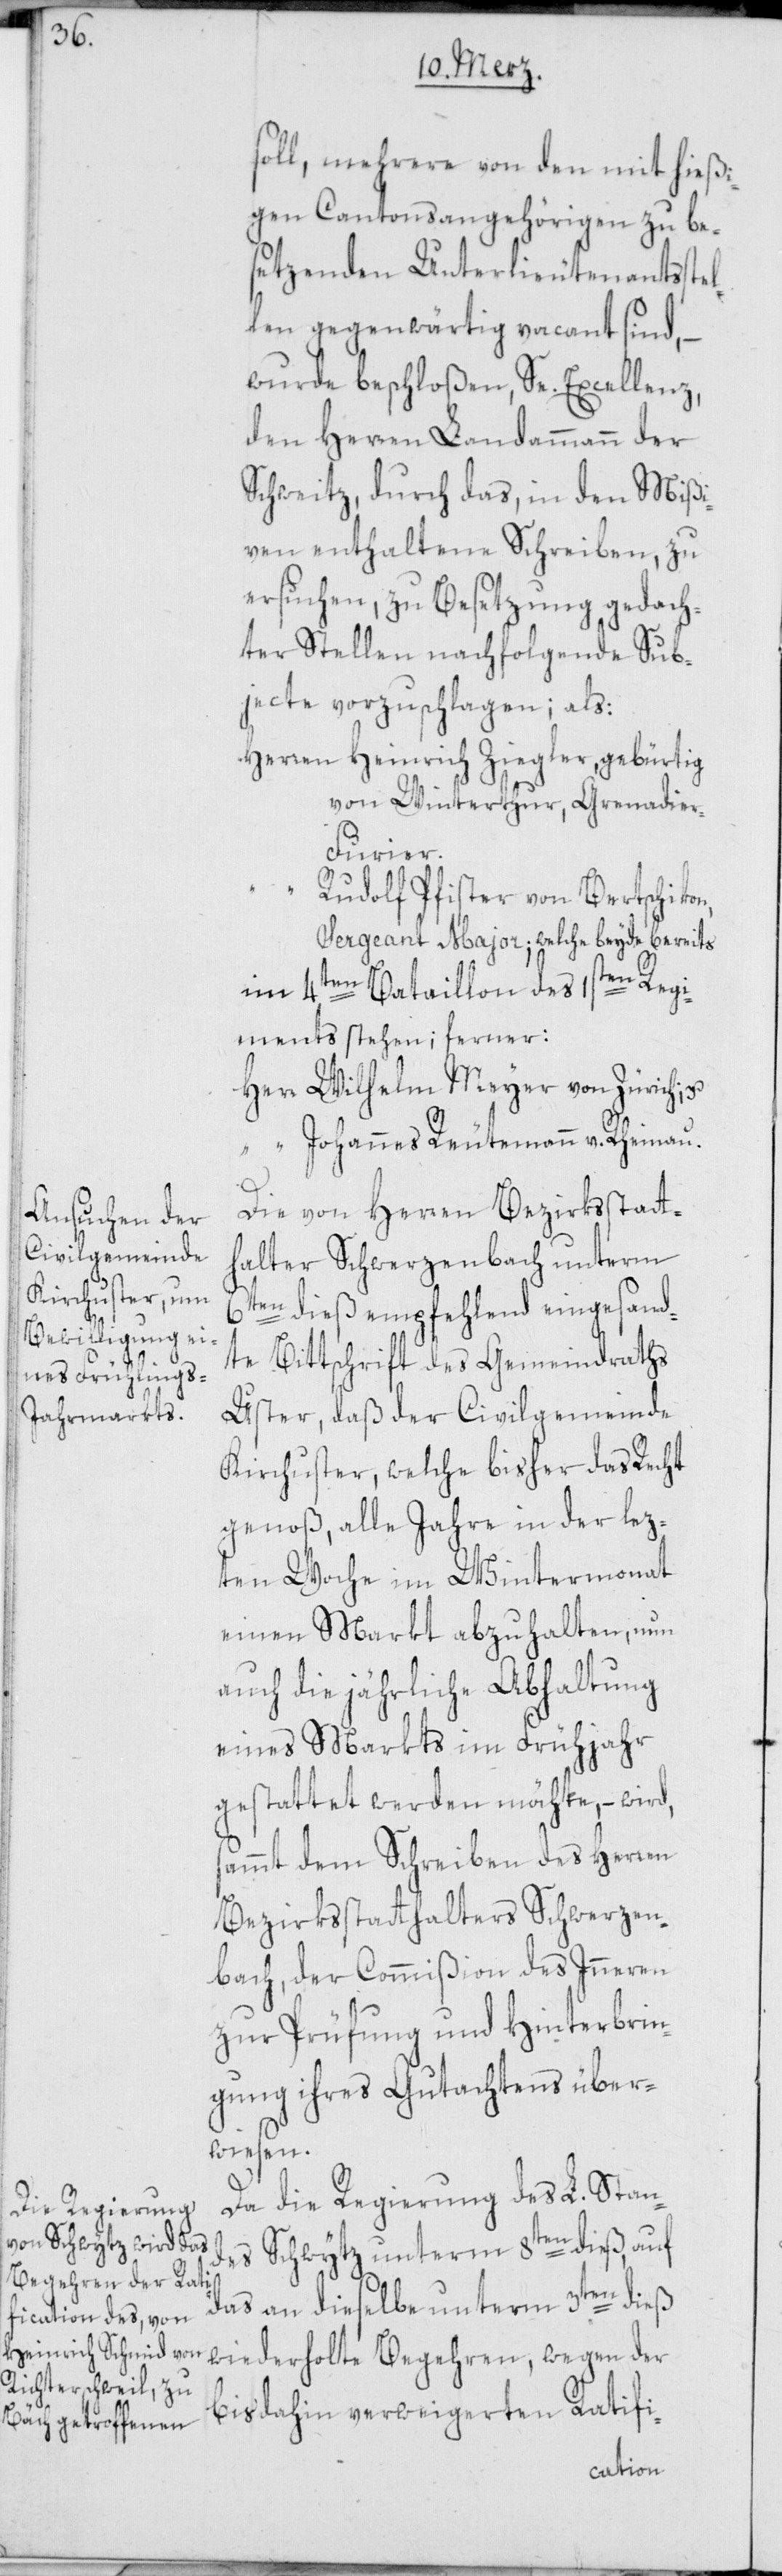
soll, mehrere von den mit hießi¬
gen Cantonsangehörigen zu be¬
setzenden Unterlieutenantsstel¬
len gegenwärtig vacant sind,
wurde beschloßen, Se. Excellenz,
den Herren Landammann der
Schweitz, durch das, in den Mißi¬
ven enthaltene Schreiben, zu
ersuchen, zu Besetzung gedach¬
ter Stellen nachfolgende Sub¬
jecte vorzuschlagen; als:
Herren Heinrich Ziegler, gebürtig
von Winterthur, Grenadie¬
r-Furier.
Rudolf Pfister von Bertschikon,
Sergeant Major; welche beyde bereits
im 4ten Bataillon des 1sten Regi¬
ments stehen; ferner:
Herr Wilhelm Meyer von Zürich;
“ Johannes Reutemann v. Rheinau.
Die von Herren Bezirksstatt¬
halter Schwerzenbach unterm
6ten dieß empfehlend eingesand¬
te Bittschrift des Gemeindraths
Uster, daß der Civilgemeinde
Kirchuster, welche bisher das Recht
genoß, alle Jahre in der lez¬
ten Woche im Wintermonat
einen Markt abzuhalten, nun
auch die jährliche Abhaltung
eines Markts im Frühjahr
gestattet werden möchte, – wird,
sammt dem Schreiben des Herren
Bezirksstatthalters Schwerzen¬
bach, der Commißion des Inneren
zur Prüfung und Hinterbrin¬
gung ihres Gutachtens über¬
wiesen.
Da die Regierung des L. Stan¬
des Schwytz unterm 8ten dieß, auf
das an dieselbe unterm 3ten dieß
wiederholte Begehren, wegen der
bis dahin verweigerten Ratifi-